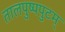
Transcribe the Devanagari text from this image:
तालपुष्पपुटम्